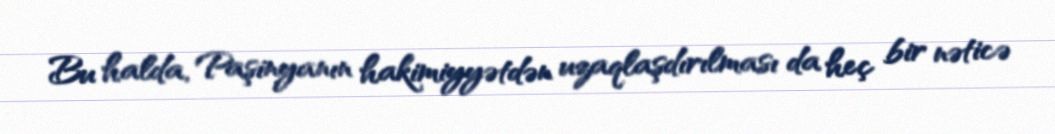
Bu halda, Paşinyanın hakimiyyətdən uzaqlaşdırılması da heç bir nəticə